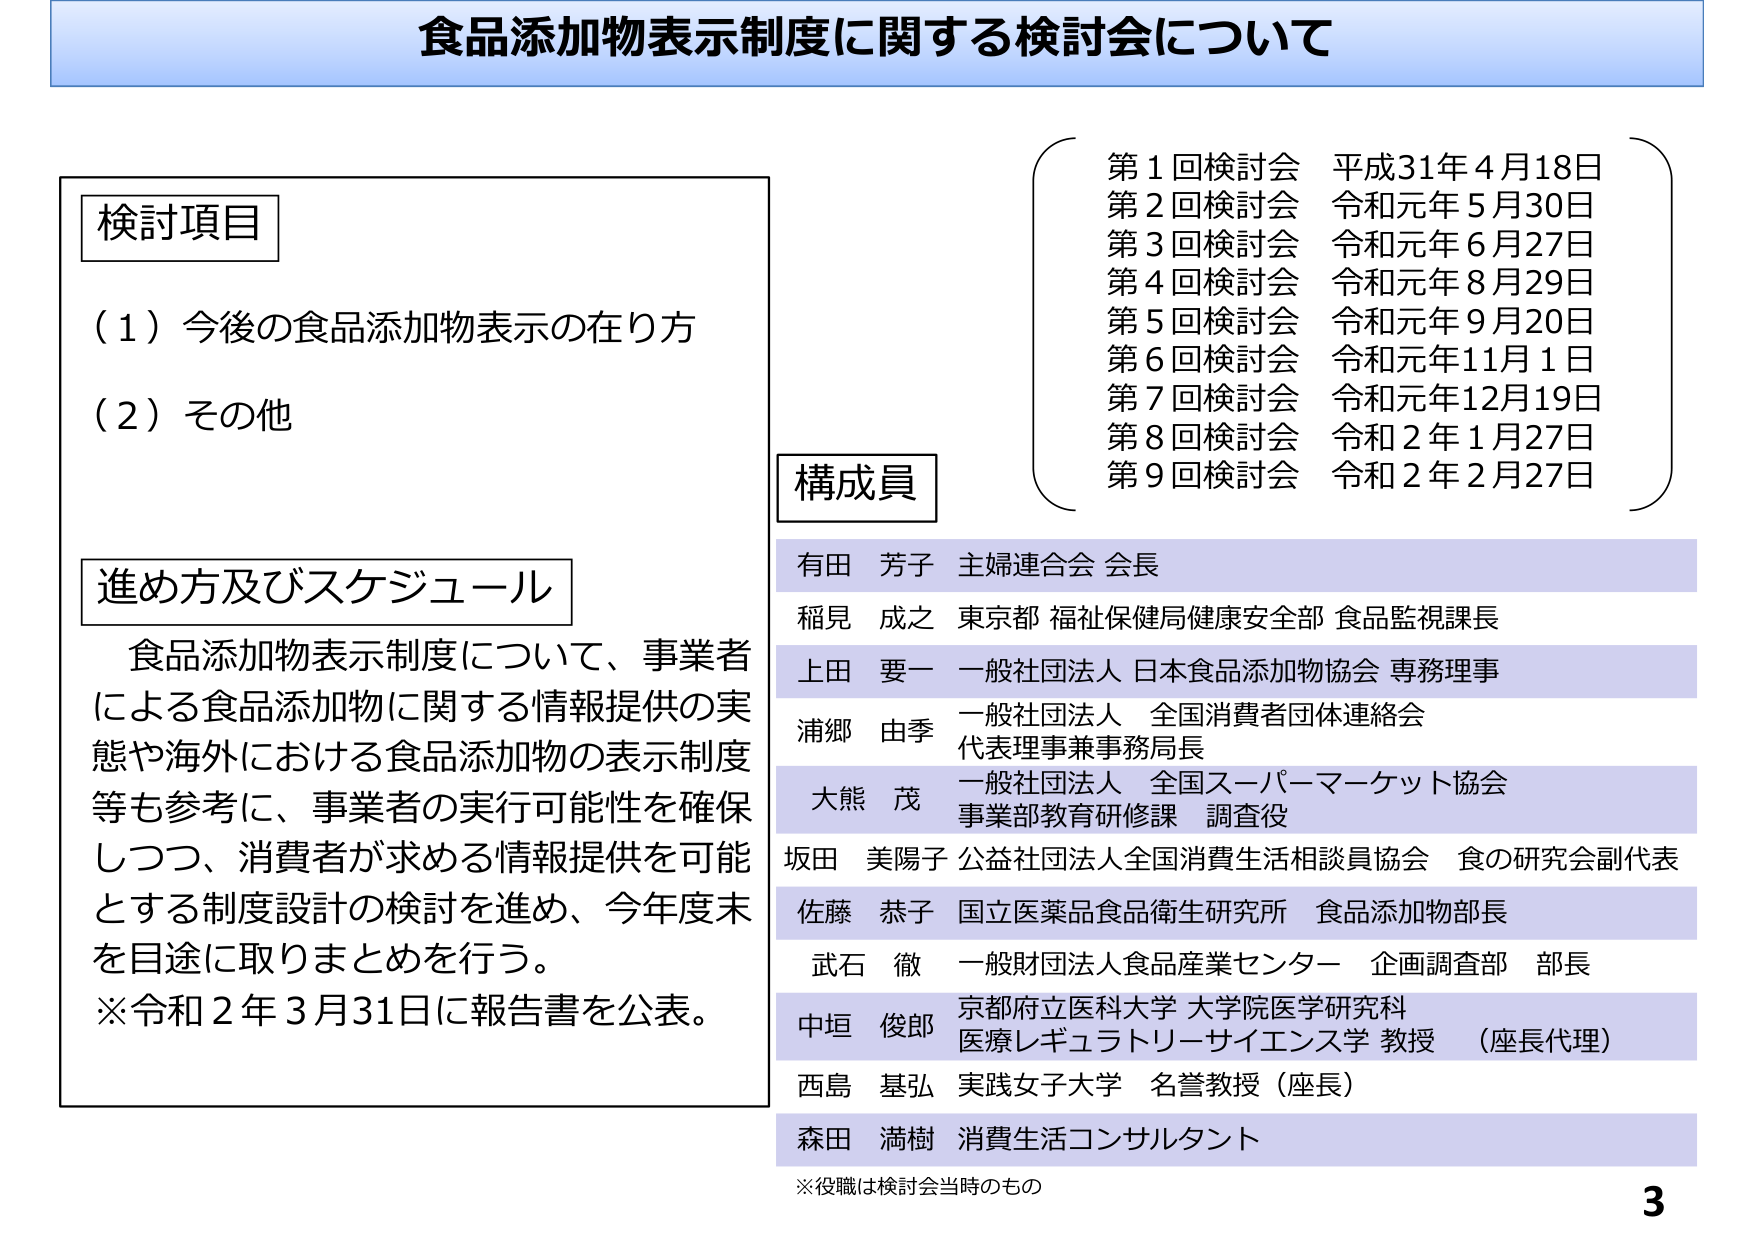
食品添加物表示制度に関する検討会について

検討項目
（1）今後の食品添加物表示の在り方
（2）その他

進め方及びスケジュール
食品添加物表示制度について、事業者による食品添加物に関する情報提供の実態や海外における食品添加物の表示制度等も参考に、事業者の実行可能性を確保しつつ、消費者が求める情報提供を可能とする制度設計の検討を進め、今年度末を目途に取りまとめを行う。
※令和2年3月31日に報告書を公表。

第1回検討会 平成31年4月18日
第2回検討会 令和元年5月30日
第3回検討会 令和元年6月27日
第4回検討会 令和元年8月29日
第5回検討会 令和元年9月20日
第6回検討会 令和元年11月1日
第7回検討会 令和元年12月19日
第8回検討会 令和2年1月27日
第9回検討会 令和2年2月27日

構成員
有田 芳子 主婦連合会 会長
稲見 成之 東京都 福祉保健局健康安全部 食品監視課長
上田 要一 一般社団法人 日本食品添加物協会 専務理事
浦郷 由季 一般社団法人 全国消費者団体連絡会 代表理事兼事務局長
大熊 茂 一般社団法人 全国スーパーマーケット協会 事業部教育研修課 調査役
坂田 美陽子 公益社団法人全国消費生活相談員協会 食の研究会副代表
佐藤 恭子 国立医薬品食品衛生研究所 食品添加物部長
武石 徹 一般財団法人食品産業センター 企画調査部 部長
中垣 俊郎 京都府立医科大学 大学院医学研究科 医療レギュラトリーサイエンス学 教授 （座長代理）
西島 基弘 実践女子大学 名誉教授（座長）
森田 満樹 消費生活コンサルタント

※役職は検討会当時のもの

3